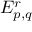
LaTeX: E _ { p , q } ^ { r }